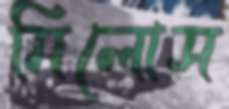
মিলোস